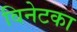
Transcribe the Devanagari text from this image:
विनेटका